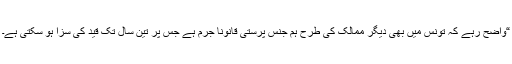
“واضح رہے کہ تونس میں بھی دیگر ممالک کی طرح ہم جنس پرستی قانوناً جرم ہے جس پر تین سال تک قید کی سزا ہو سکتی ہے۔